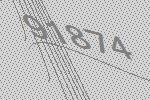
91874